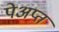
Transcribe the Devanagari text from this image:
पेअप्त